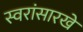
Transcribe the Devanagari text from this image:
स्वरांसारखे